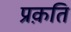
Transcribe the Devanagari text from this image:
प्रक़ति